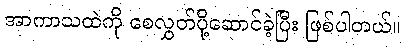
အာကာသထဲကို စေလွှတ်ပို့ဆောင်ခဲ့ပြီး ဖြစ်ပါတယ်။